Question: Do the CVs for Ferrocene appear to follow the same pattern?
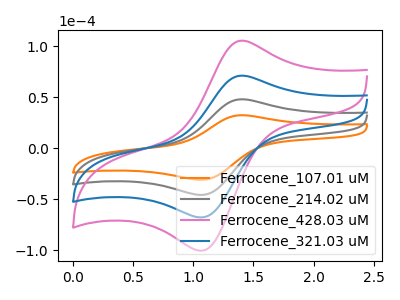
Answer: <think>The orange curve "Ferrocene_107.01 uM" has an anodic peak at (1.40V, 32.45uA) and a cathodic peak at (1.10V, -30.85uA). The gray curve "Ferrocene_214.02 uM" has an anodic peak at (1.40V, 48.10uA) and a cathodic peak at (1.10V, -45.75uA). The pink curve "Ferrocene_428.03 uM" has an anodic peak at (1.40V, 144.25uA) and a cathodic peak at (1.10V, -137.20uA). The blue curve "Ferrocene_321.03 uM" has an anodic peak at (1.40V, 96.20uA) and a cathodic peak at (1.10V, -91.45uA).
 All the peaks in "Ferrocene_107.01 uM" have a peak in "Ferrocene_214.02 uM" at the same potential. Every peak in "Ferrocene_107.01 uM" is lower than every peak in "Ferrocene_214.02 uM". All the peaks in "Ferrocene_107.01 uM" have a peak in "Ferrocene_428.03 uM" at the same potential. Every peak in "Ferrocene_107.01 uM" is lower than every peak in "Ferrocene_428.03 uM". All the peaks in "Ferrocene_107.01 uM" have a peak in "Ferrocene_321.03 uM" at the same potential. Every peak in "Ferrocene_107.01 uM" is lower than every peak in "Ferrocene_321.03 uM". All the peaks in "Ferrocene_214.02 uM" have a peak in "Ferrocene_428.03 uM" at the same potential. Every peak in "Ferrocene_214.02 uM" is lower than every peak in "Ferrocene_428.03 uM". All the peaks in "Ferrocene_214.02 uM" have a peak in "Ferrocene_321.03 uM" at the same potential. Every peak in "Ferrocene_214.02 uM" is lower than every peak in "Ferrocene_321.03 uM". All the peaks in "Ferrocene_428.03 uM" have a peak in "Ferrocene_321.03 uM" at the same potential. Every peak in "Ferrocene_428.03 uM" is higher than every peak in "Ferrocene_321.03 uM".</think>
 <answer>All the CV's of "Ferrocene" have similar shape.</answer>
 <eval>follow_rule</eval>